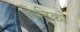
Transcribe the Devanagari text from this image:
विटिको